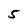
Character: 5